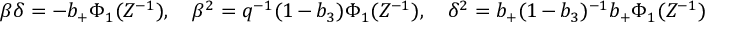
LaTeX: \beta \delta = - b _ { + } \Phi _ { 1 } ( Z ^ { - 1 } ) , \quad \beta ^ { 2 } = q ^ { - 1 } ( 1 - b _ { 3 } ) \Phi _ { 1 } ( Z ^ { - 1 } ) , \quad \delta ^ { 2 } = b _ { + } ( 1 - b _ { 3 } ) ^ { - 1 } b _ { + } \Phi _ { 1 } ( Z ^ { - 1 } )